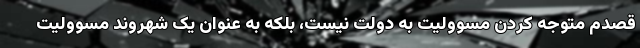
قصدم متوجه کردن مسوولیت به دولت نیست، بلکه به عنوان یک شهروند مسوولیت